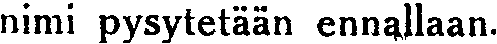
nimi pysytetään ennallaan.